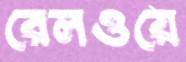
রেলওয়ে